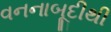
વનનાબૂદીથી